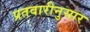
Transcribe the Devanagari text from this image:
प्रतवारीनुसार